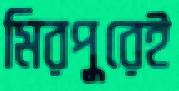
মিরপুরেই